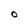
Character: O